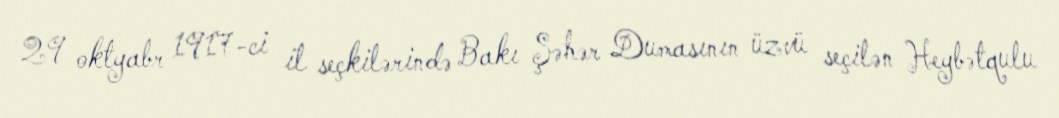
29 oktyabr 1917-ci il seçkilərində Bakı Şəhər Dumasının üzvü seçilən Heybətqulu